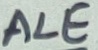
Text: ALE